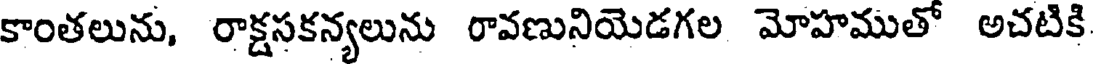
కాంతలును, రాక్షసకన్యలును రావణునియెడగల మోహముతో అచటికి